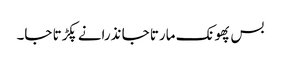
بس پھونک مارتا جا نذرانے پکڑتا جا۔